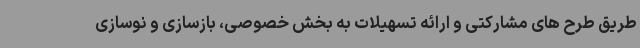
طریق طرح های مشارکتی و ارائه تسهیلات به بخش خصوصی، بازسازی و نوسازی